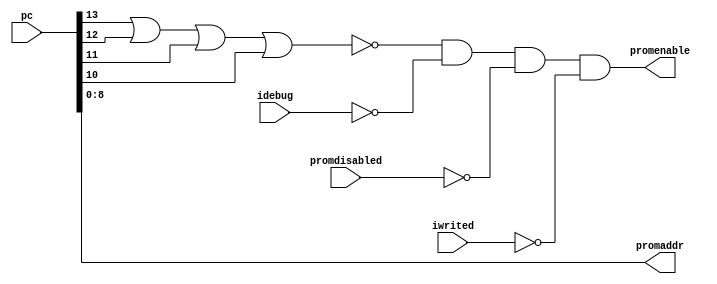
// PCTL --- PROM CONTROL
//
// ---!!! Add description.
//
// History:
//
//   (20YY-MM-DD HH:mm:ss BRAD) Converted to Verilog.
//	???: Nets added.
//	???: Nets removed.
//   (1978-02-27 09:45:25 TK) Initial.

`timescale 1ns/1ps
`default_nettype none

module PCTL(/*AUTOARG*/
   // Outputs
   promaddr, promenable,
   // Inputs
   pc, idebug, iwrited, promdisabled
   );

   input [13:0] pc;
   input idebug;
   input iwrited;
   input promdisabled;
   output [8:0] promaddr;
   output promenable;

   ////////////////////////////////////////////////////////////////////////////////

   wire [11:0] prompc;
   wire bottom_1k;
   wire promce;

   ////////////////////////////////////////////////////////////////////////////////

   assign bottom_1k = ~(pc[13] | pc[12] | pc[11] | pc[10]);
   assign promenable = bottom_1k & ~idebug & ~promdisabled & ~iwrited;
   assign promce = promenable & ~pc[9];
   assign prompc = pc[11:0];
   assign promaddr = prompc[8:0];

endmodule

`default_nettype wire

// Local Variables:
// verilog-library-directories: ("../..")
// End: